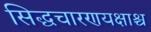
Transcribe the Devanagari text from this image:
सिद्धचारणयक्षाश्च